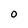
Character: O